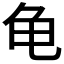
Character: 龟